system: You are a helpful assistant.
user:
Analyze the provided spectrum to determine if it is a **S-type Star**.

- **Key Indicators for S-type Star:**

    - **(Overall Spectrum Shape):** The first and most obvious characteristic is the overall continuum (the "baseline" shape). It is **extremely "red-sloping,"** meaning the flux (light intensity) is very low on the left side (blue, ~4000-4500 Å) and rises steeply and continuously toward the right side (red, ~7000 Å+).

    - **(Primary):** The spectrum is defined by the presence of strong, broad molecular absorption "valleys" (bands) from **Zirconium Oxide (ZrO)**. The identification of these bands is the **primary requirement** for classifying a star as S-type.
        - **(Key Bandheads):** You must find distinct, deep "dips" where the light has been absorbed. The most critical band systems to locate are:
            - **~6474 Å** ($\gamma$-system): This is often the strongest and clearest ZrO feature, found in the red part of the spectrum.
            - **~5718 Å** & **~5551 Å** ($\beta$-system): A pair of prominent absorption features in the yellow-orange part of the spectrum.
            - **~4640 Å** ($\alpha$-system): A key absorption band system in the blue-green region of the spectrum.

    - **(Secondary Confirmation):** The classification is strengthened by finding additional absorption bands from other related heavy element oxides, which are expected to be present alongside ZrO.
        - **(Key Bandheads):**
            - **Yttrium Oxide (YO):** Look for absorption dips near **~4800 Å** and **~6100 Å**.
            - **Lanthanum Oxide (LaO):** Additional absorption features, particularly in the red-orange part of the spectrum, are also characteristic.

    - **(Line Profile):** The combination of the steep red continuum and these numerous, deep molecular bands (ZrO, YO, etc.) gives the entire spectrum a very **"chopped-up"** or **"bumpy"** appearance. Instead of a smooth curve, the spectrum looks as though large, wide chunks of light have been "carved out" of it at the specific wavelengths listed above.

Think first, call **spectral_visualization_tool** if needed to examine features in detail, then provide your final answer. Your response must adhere to the following strict rules:
1.  **Overall Structure:** Your response must follow the format `<think>...</think> <tool_call>...</tool_call> (if a tool is used) <answer>...</answer>`.
2.  **Tool Usage Constraint:** You may only make **one** tool call per turn.
3.  **Final Answer Format:** In the `<answer>` tag, your conclusion must be inside a `\boxed{}` command (e.g., `\boxed{YES}` or `\boxed{NO}`), followed by your justification.

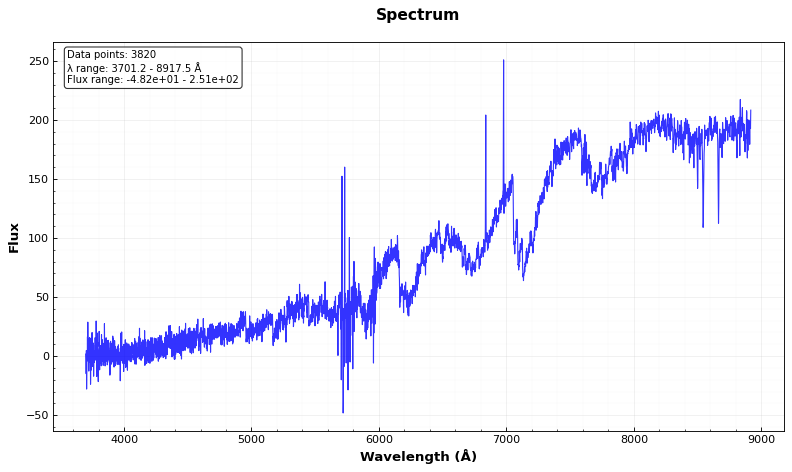
Answer: YES